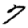
Digit: 7